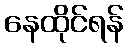
နေထိုင်ရန်